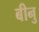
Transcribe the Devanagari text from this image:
बीनु